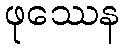
ဖုဿေန